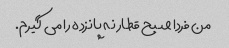
من فردا صبح قطار نه پانزده را می گیرم.